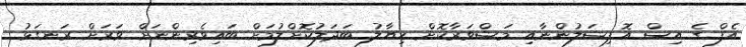
އެފް ގެ އިސް އޮފިޝަލުންނާއި މަޝްވަރާކޮށް ހިޔާލު ބަދަލުކޮށްލުމަށް ބައިވެރިންނަށް ވަރަށް ރަނގަޅު